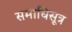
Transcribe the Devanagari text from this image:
समाधिसूत्र